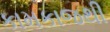
કામકાજથી